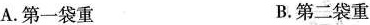
A.第一袋重 B.第二袋重